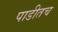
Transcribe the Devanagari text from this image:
पाडीतच